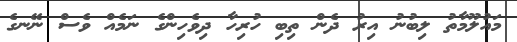
މައުލޫމާތު ލިބުނު އިރު ދެން ތިބި ހުރިހާ ދިވެހިންގެ ނަމެއް ވެސް ނޭނގެ